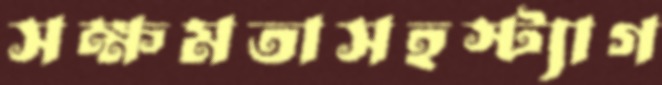
সক্ষমতাসহস্ট্যাগ